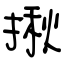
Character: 揪